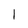
Character: l